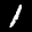
Label: 1